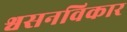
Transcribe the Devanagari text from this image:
श्वसनविकार